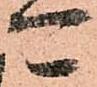
可